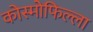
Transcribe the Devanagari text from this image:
कोस्मोफिल्ला